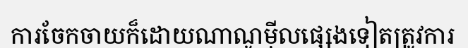
ការចែកចាយក៏ដោយណាណូម៉ីលផ្សេងទៀតត្រូវការ